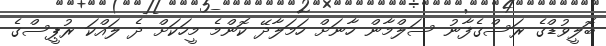
ބޮލީވުޑްގެ ރަސްގެފާނު ސަލްމާން ހާނަށް ހަމަލާދޭ ކޮންމެ މީހަކަށް ދެ ލައްކަ ރުޕީސްގެ